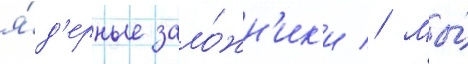
я́д'ерные зало́жн'ик'и // Мы́